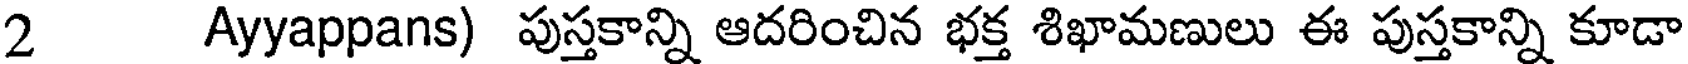
2 Ayyappans) పుస్తకాన్ని ఆదరించిన భక్త శిఖామణులు ఈ పుస్తకాన్ని కూడా